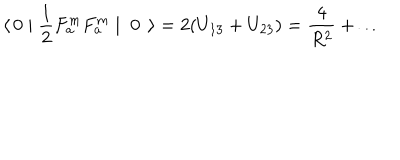
\langle \, 0 \mid \frac { 1 } { 2 } F _ { a } ^ { m } F _ { a } ^ { m } \mid \; 0 \; \, \rangle = 2 ( U _ { 1 3 } + U _ { 2 3 } ) = \frac { 4 } { R ^ { 2 } } + \ldots